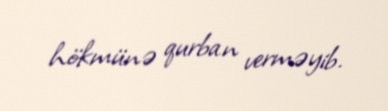
hökmünə qurban verməyib.